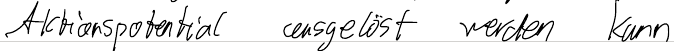
Aktionspotential ausgelöst werden kann